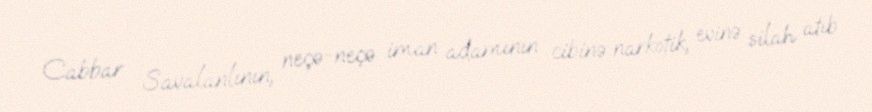
Cabbar Savalanlının, neçə-neçə iman adamının cibinə narkotik, evinə silah atıb